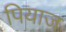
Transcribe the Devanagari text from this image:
पियाज